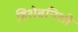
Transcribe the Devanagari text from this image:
हिशेबनिशी